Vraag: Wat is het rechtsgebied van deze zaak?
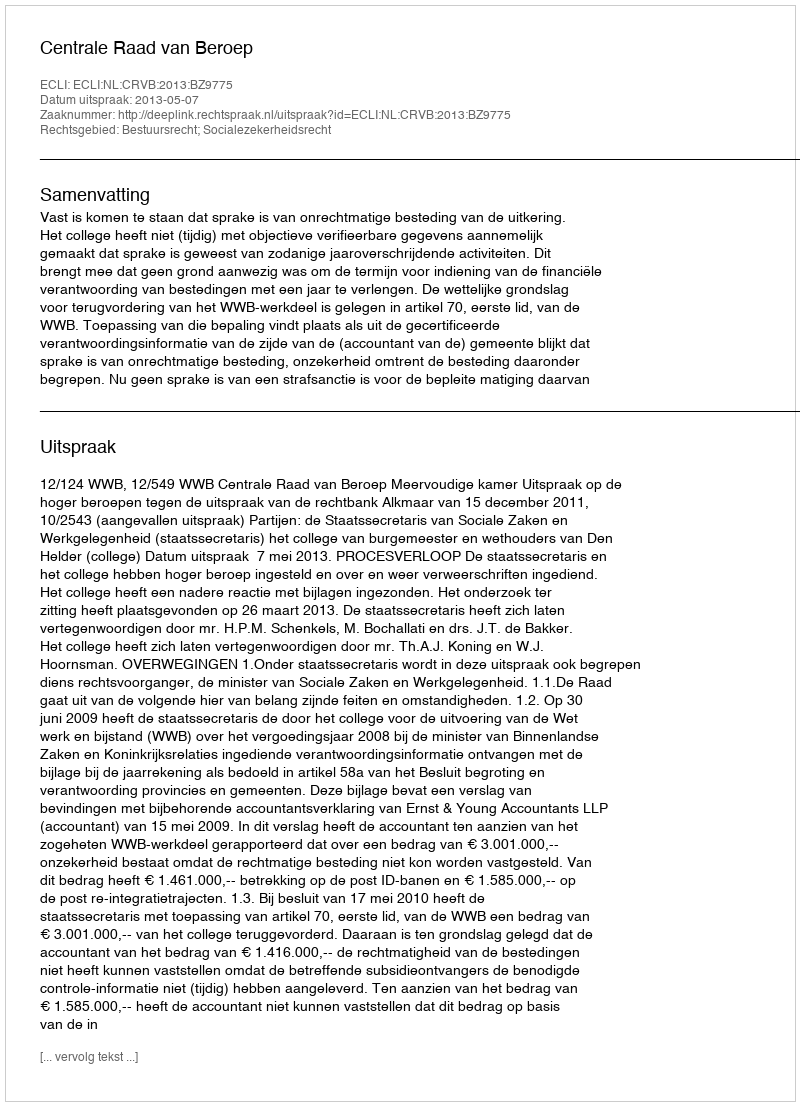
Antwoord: Bestuursrecht; Socialezekerheidsrecht